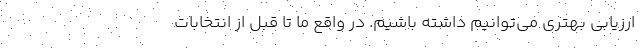
ارزیابی بهتری می‌توانیم داشته باشیم. در واقع ما تا قبل از انتخابات